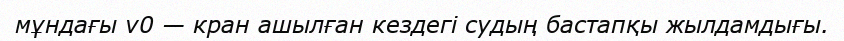
мұндағы ν0 — кран ашылған кездегі судың бастапқы жылдамдығы.